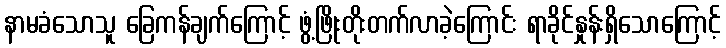
နာမခံသောသူ ခြေကန်ချက်ကြောင့် ဖွံ့ဖြိုးတိုးတက်လာခဲ့ကြောင်း ရာခိုင်နှုန်းရှိသောကြောင့်